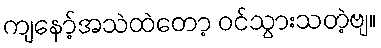
ကျနော့်အသဲထဲတော့ ဝင်သွားသတဲ့ဗျ။